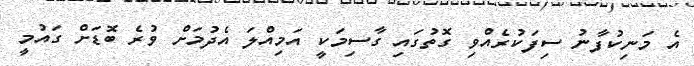
އެ މަނިކުފާނު ސިފަކުރެއްވި ގޮތުގައި ގާސިމަކީ އަމިއްލަ އެދުމަށް ވުރެ ބޮޑަށް ގައުމީ